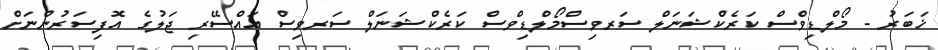
ޚަބަރު - މޯލްޑިވްސް ކަރެކްޝަނަލް ސަރވިސްމޯލްޑިވްސް ކަރެކްޝަނަލް ސަރވިސް އައްސޭރި ޖަލުގެ އޮފިސަރުންނަށް